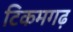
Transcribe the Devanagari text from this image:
टिकमगढ़